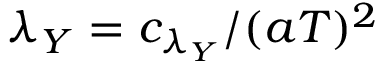
\lambda _ { Y } = c _ { \lambda _ { Y } } / ( a T ) ^ { 2 }